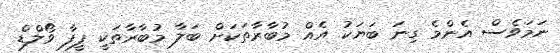
ނަމަވެސް އެންމެ ގިނަ ބަޔަކު އެއް މުބާރާތަކަށް ބަލާ މުބާރާތަކީ ފީފާ ވޯލްޑް